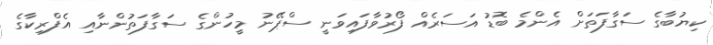
ކިޔުބާގެ ސަގާފަތަށް އެންމެ ބޮޑު އަސަރެއް ފޯރުވާފައިވަނީ ސްޕޭނު މީހުންގެ ސަގާފަތުންނާއި އެފްރިކާގެ